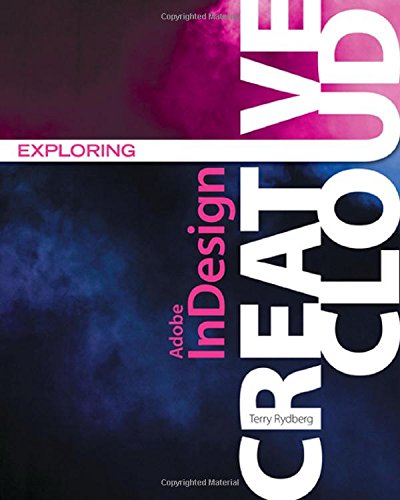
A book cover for Exploring Adobe InDesign Creative Cloud (Stay Current with Adobe Creative Cloud); Terry Rydberg; Computers & Technology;